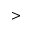
>